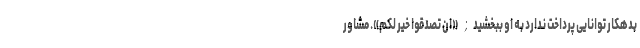
بدهکار توانایی پرداخت ندارد به او ببخشید; «ان تصدقوا خیر لکم». مشاور